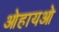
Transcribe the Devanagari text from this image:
ओहायओ